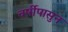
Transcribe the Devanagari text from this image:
वर्षीपासुन